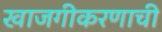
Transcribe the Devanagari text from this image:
खाजगीकरणाची